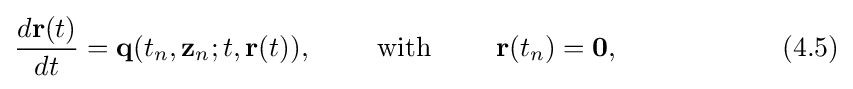
{\frac {d\mathbf {r} (t)}{dt}}=\mathbf {q} (t_{n},\mathbf {z} _{n};t\mathbf {,\mathbf {r} } (t)\mathbf {)} ,\qquad {\text{ with }}\qquad \mathbf {r} (t_{n})=\mathbf {0,} \qquad \qquad \qquad (4.5)